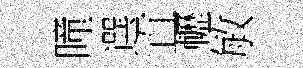
曈選直轣敏